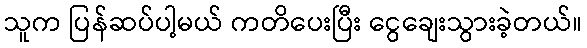
သူက ပြန်ဆပ်ပါ့မယ် ကတိပေးပြီး ငွေချေးသွားခဲ့တယ်။